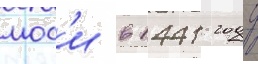
мос'и в 1441 году